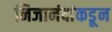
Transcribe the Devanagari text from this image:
निजानंदांकडून